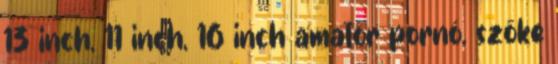
13 inch, 11 inch, 16 inch amatőr pornó, szőke